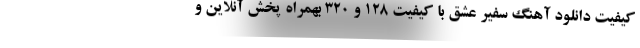
کیفیت دانلود آهنگ سفیر عشق با کیفیت 128 و 320 بهمراه پخش آنلاین و